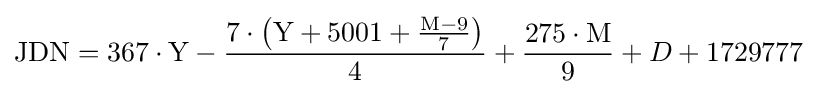
{\text{JDN}}=367\cdot {\text{Y}}-{\frac {7\cdot \left({\text{Y}}+5001+{\frac {{\text{M}}-9}{7}}\right)}{4}}+{\frac {275\cdot {\text{M}}}{9}}+D+1729777